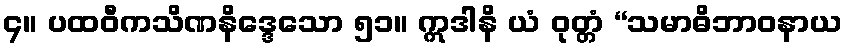
၄။ ပထဝီကသိဏနိဒ္ဒေသော ၅၁။ ဣဒါနိ ယံ ဝုတ္တံ “သမာဓိဘာဝနာယ